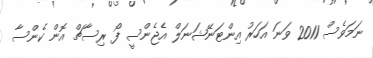
ނަމަވެސް 2011 ވަނަ އަހަރު އިންޓަނޭޝަނަލް އެޖެންސީ ފޯ ރިސާޗް އޮން ކެންސާ